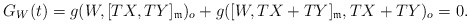
\begin{align*} G_W(t)=g(W, [TX, TY]_{\frak{m}})_o+g([W,TX+TY]_{\frak{m}}, TX+TY)_o=0.\end{align*}